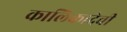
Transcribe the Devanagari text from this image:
कालिकादेवी